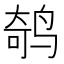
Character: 𱊁